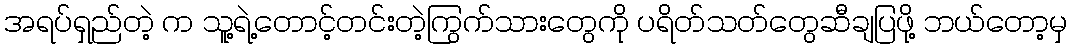
အရပ်ရှည်တဲ့ က သူ့ရဲ့တောင့်တင်းတဲ့ကြွက်သားတွေကို ပရိတ်သတ်တွေဆီချပြဖို့ ဘယ်တော့မှ